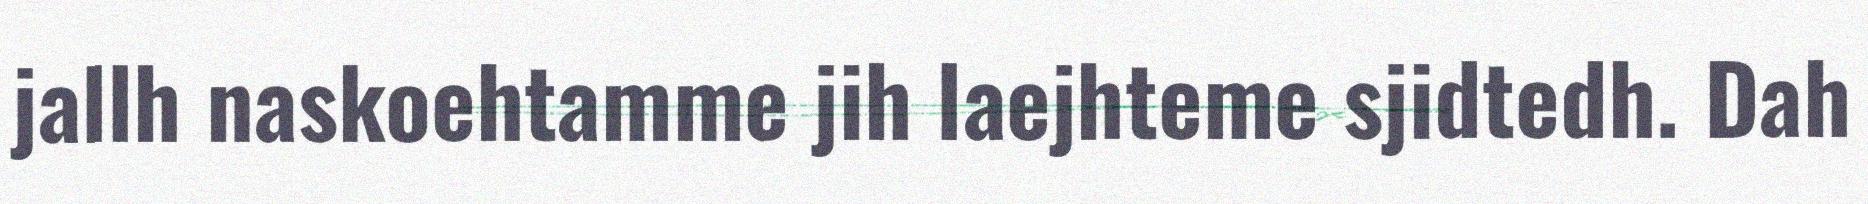
jallh naskoehtamme jih laejhteme sjidtedh. Dah